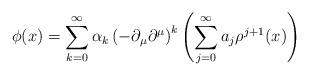
LaTeX: \begin{align*} \phi(x) &= \sum_{k=0}^\infty \alpha_k \left( -\partial_\mu \partial^\mu \right) ^k \left( \sum_{j=0}^\infty a_j \rho^{j+1} (x) \right) \end{align*}